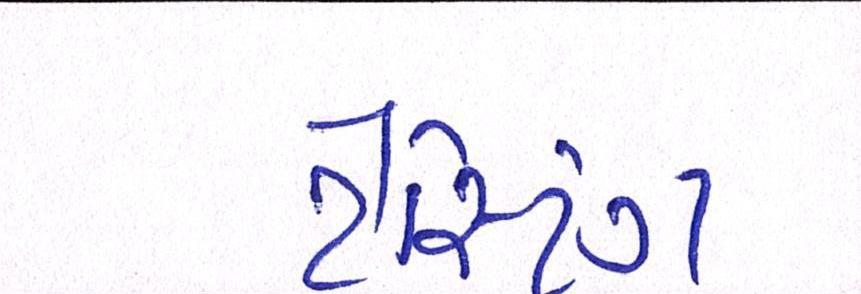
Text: ટેસ્ટિંગ